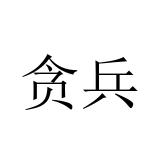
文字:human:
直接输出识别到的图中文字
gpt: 贪兵